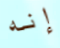
إنه